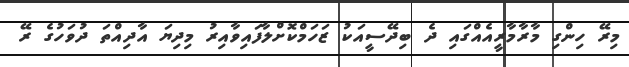
މިރޭ ހިންގި މާރާމާރީއެއްގައި ދެ ބިދޭސީއަކު ޒަހަމްކޮށްލާފައިވާއިރު މިދިޔަ އާދިއްތަ ދުވަހުގެ ރޭ